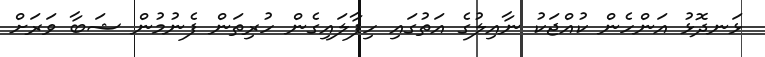
ޅަނދޮޅު އަންހެން ކުއްޖަކު ނާއިލުގެ އަތުގައި ހިފާލައިގެން ހުރިތަން ފެނުމުން ޝަބާ ވަރަށް